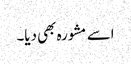
اسے مشورہ بھی دیا۔